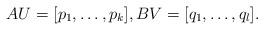
LaTeX: \begin{align*}AU = [p_1,\dots,p_k], BV = [q_1,\dots,q_l].\end{align*}